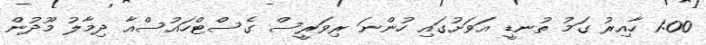
1:00 ހާއިރު ގަމު ތުނޑީ އަވަށުގައި ހުންނަ ރިވަރީސް ގެސްޓްހައުސްއާ ދިމާލު މޫދުން